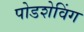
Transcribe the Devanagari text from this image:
पोडशेविंग